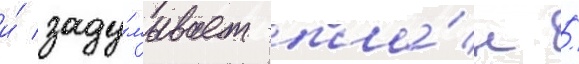
и́ заду́мывает пла́н /